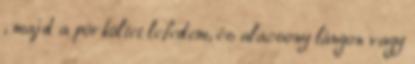
, majd a pörköltet lefedem, és alacsony lángon vagy